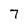
Character: 7